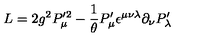
{ \sl L } = 2 g ^ { 2 } P _ { \mu } ^ { \prime 2 } - { \frac { 1 } { \theta } } P _ { \mu } ^ { \prime } \epsilon ^ { \mu \nu \lambda } \partial _ { \nu } P _ { \lambda } ^ { \prime }